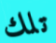
تلك